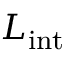
L _ { \mathrm { i n t } }